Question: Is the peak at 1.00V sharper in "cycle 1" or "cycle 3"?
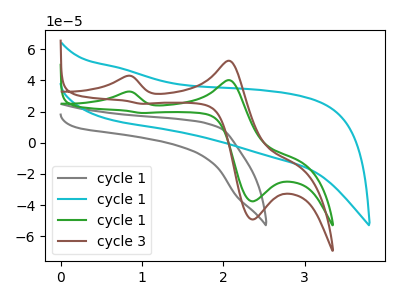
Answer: <think>The gray curve "cycle 1" has no peaks. The cyan curve "cycle 1" has no peaks. The green curve "cycle 1" has anodic peaks at (0.80V, 32.70uA) (2.05V, 40.10uA) and cathodic peaks at (2.35V, -37.55uA) (1.00V, 19.05uA). The brown curve "cycle 3" has anodic peaks at (0.80V, 42.80uA) (2.05V, 52.50uA) and cathodic peaks at (2.35V, -49.15uA) (1.00V, 24.95uA).</think>
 <answer>The peak at 1.00V is higher in "cycle 1" than in "cycle 3".</answer>
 <eval>higher</eval>